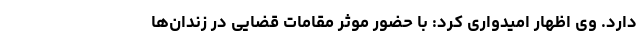
دارد. وی اظهار امیدواری کرد: با حضور موثر مقامات قضایی در زندان‌ها